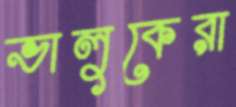
ভালুকেরা